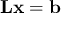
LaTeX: \mathbf { L } \mathbf { x } = \mathbf { b }